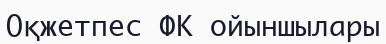
Оқжетпес ФК ойыншылары